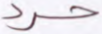
حرد